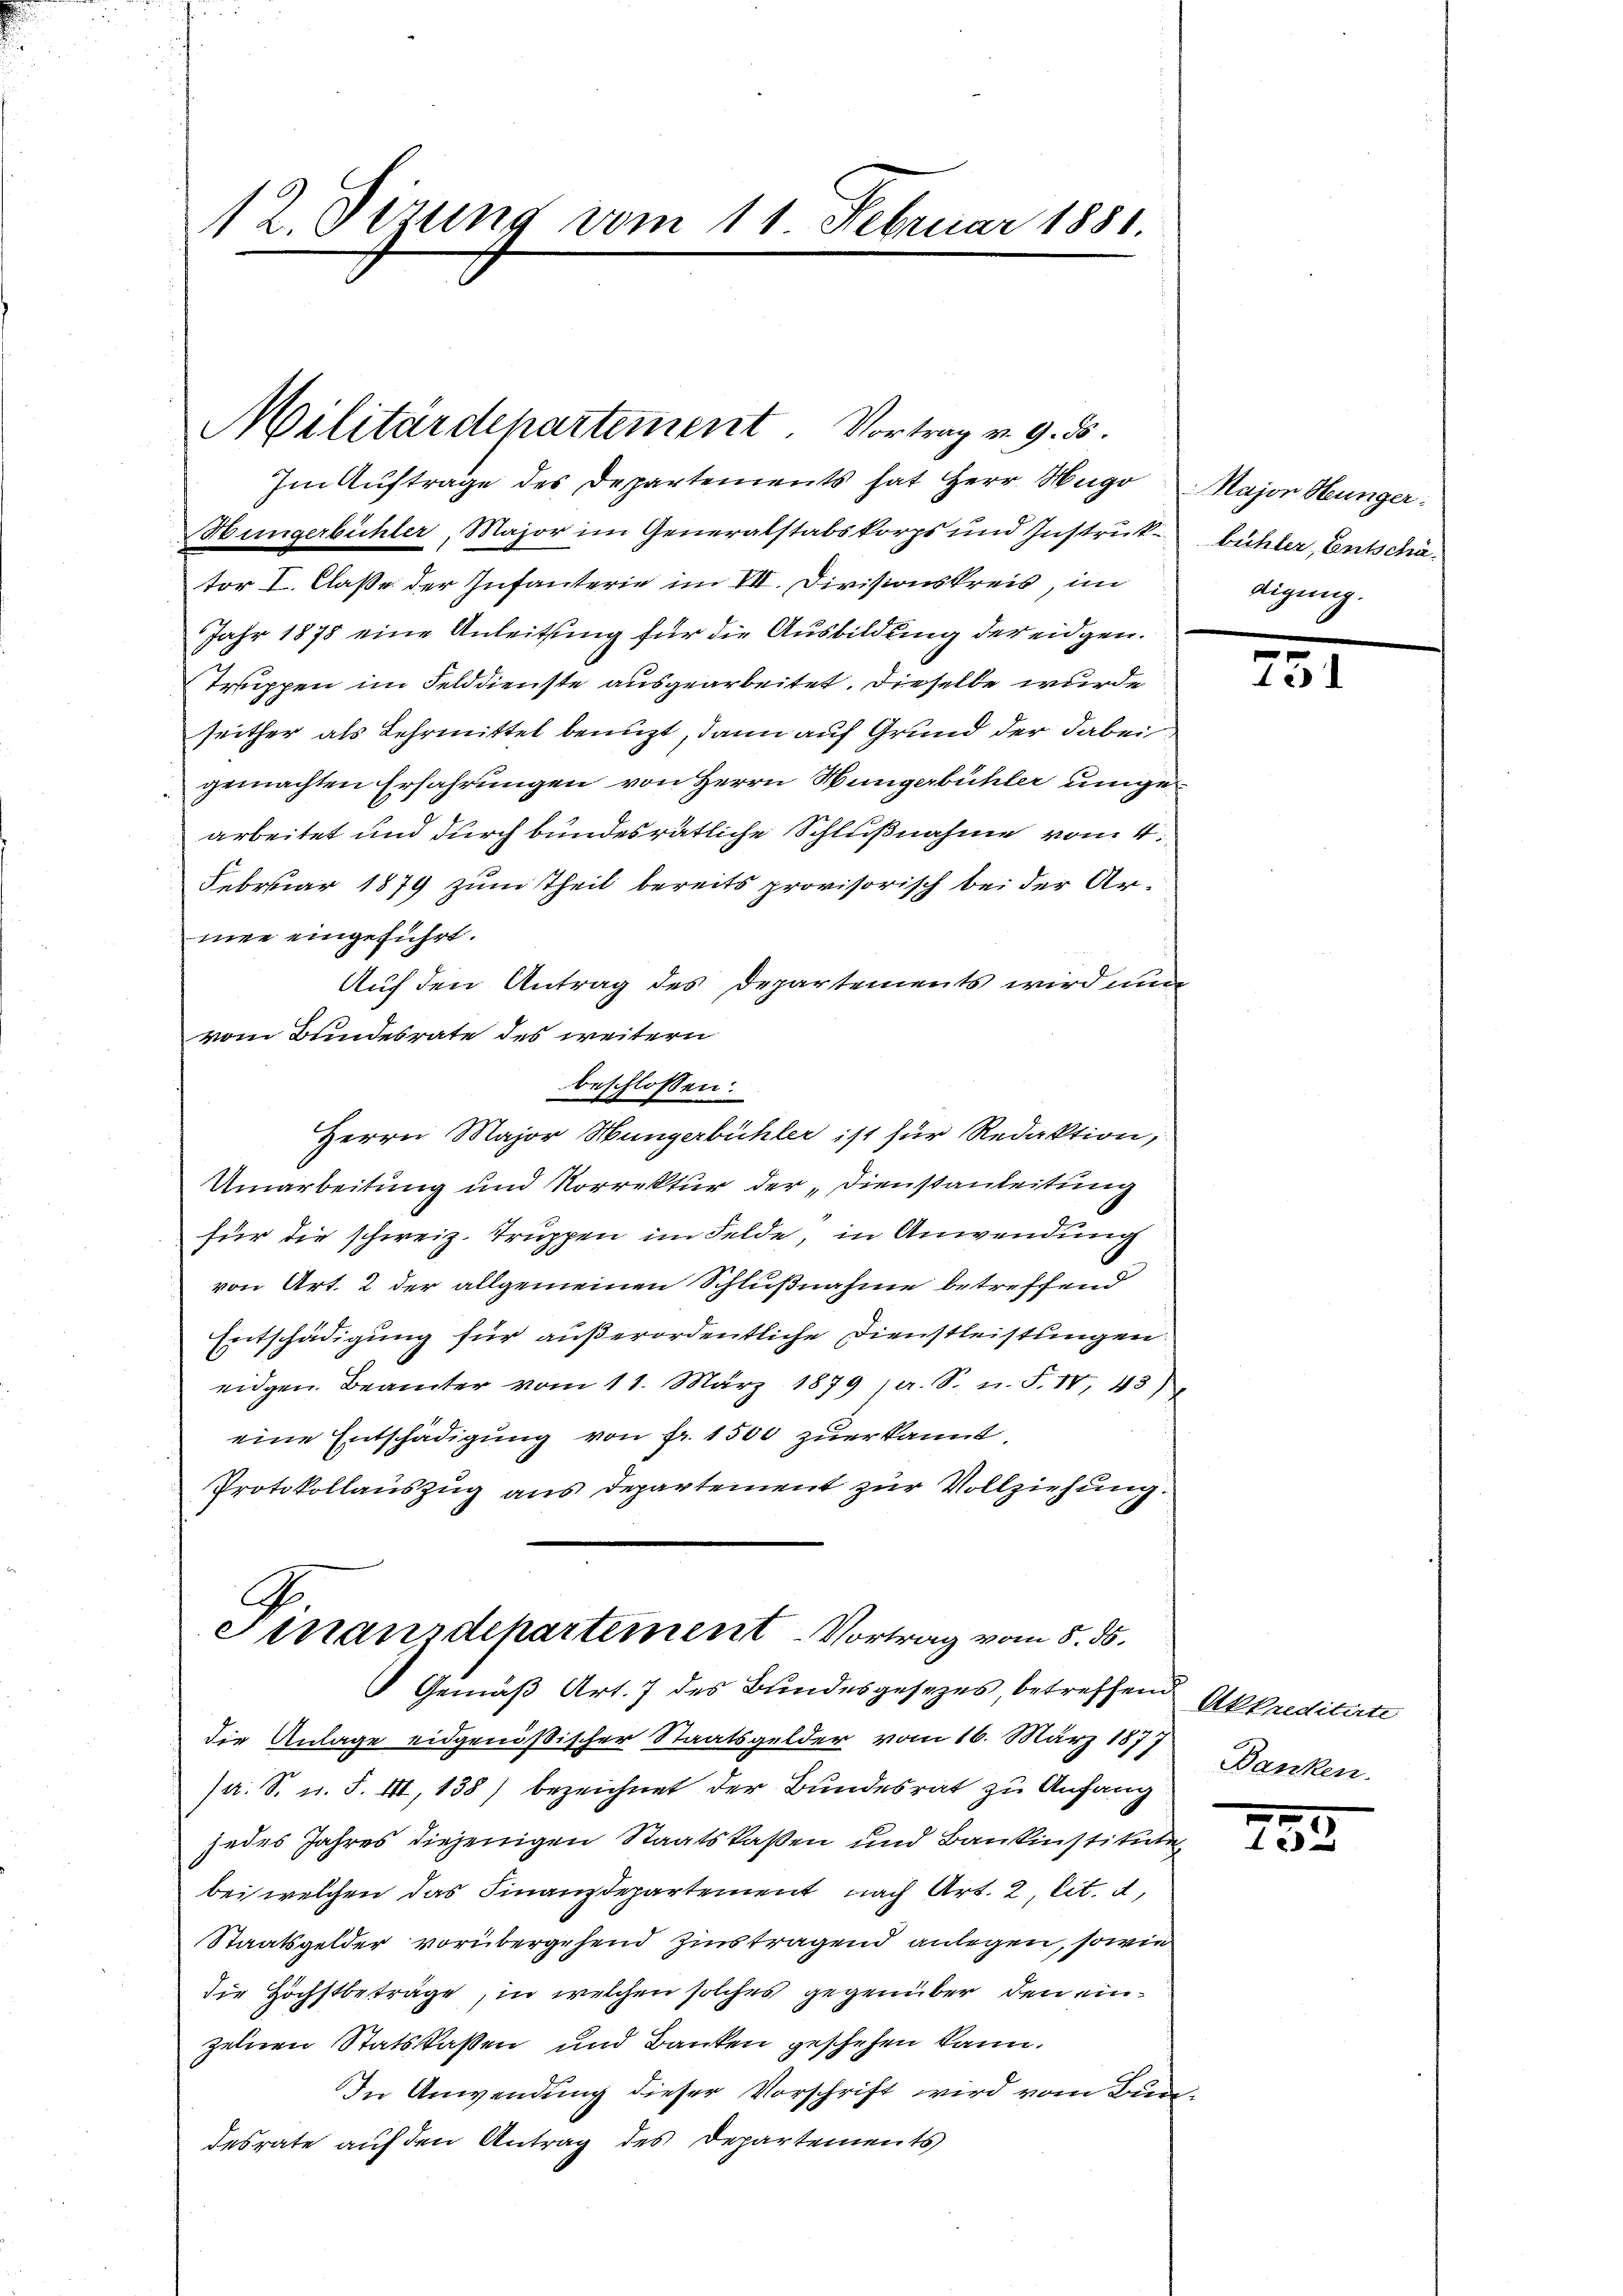
Hungerbüchler, Major im Generalstabskorps und Instrŭk- bühler, Entschätor I. Claße der Infanterie im VII. Divisionskreis, im
Jahr 1878 eine Anleitung für die Ausbildung der eidgen.
Truppen im Felddienste ausgearbeitet. Dieselbe wurde
seither als Lehrmittel benuzt, dann auf Grund der dabei,
gemachten Erfahrungen von Herrn Hungerbühler umgearbeitet und durch bundesrätliche Schlußnahme vom 4.
Februar 1879 zum Theil bereits provisorisch bei der Armee eingeführt.
Auf den Antrag des Departements wird nun
vom Bundesrate des weitern
beschlossen:
Herrn Major Hungerbühler ist für Redaktion,
Umarbeitung und Korrektur der „Dienstanleitung
für die schweiz. Truppen im Felde, in Anwendung
0
von Art. 2 der allgemeinen Schlußnahme betreffend
Entschädigung für außerordentliche Dienstleistungen
eidgen. Beamter vom 11. März 1879 a. S. n. F. IV. 43)
eine Entschädigung von Fr. 1500 zuerkannt.
Protokollauszug aus Departement zur Vollziehung.

12. Dirung vom 11. Februar 1881.

Militärdepartement. Vortrag v. 9. ds.
Im Auftrage des Departements hat Herr Hugo

C.
Finanzdepartement-Vortrag vom 5. ds.
Gemäß Art. 7 des Bundesgesetzes, betreffend Akkreditate

die Anlage eidgenößischer Staatsgelder vom 16. März 1877
a. S. u. F. III, 138) bezeichnet der Bundesrat zu Anfang
jedes Jahres diejenigen Staatskassen und Bankinstitute
bei welchen das Finanzdepartement nach Art. 2 lit. d,
Staatsgelder vorübergehend Zinstragend anlegen, sowie
die Höchstbeträge, in welchen solches gegenüber den einzelnen Statskassen und Banken geschehen kann.
In Anwendung dieser Vorschrift wird vom Bun
desrate auf den Antrag des Departements

Major Hunger:
digung.

731

Banken.

232